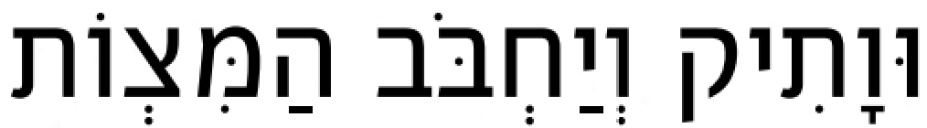
וּוָתִיק וְיַחְבֹּב הַמִּצְוֹת